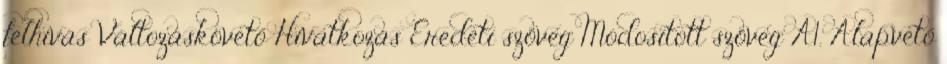
felhívás Változáskövető Hivatkozás Eredeti szöveg Módosított szöveg A1. Alapvető